Vaccination United Provinces of Agra and Oudh 1902-1913 - 1902-1913
Year: 1902
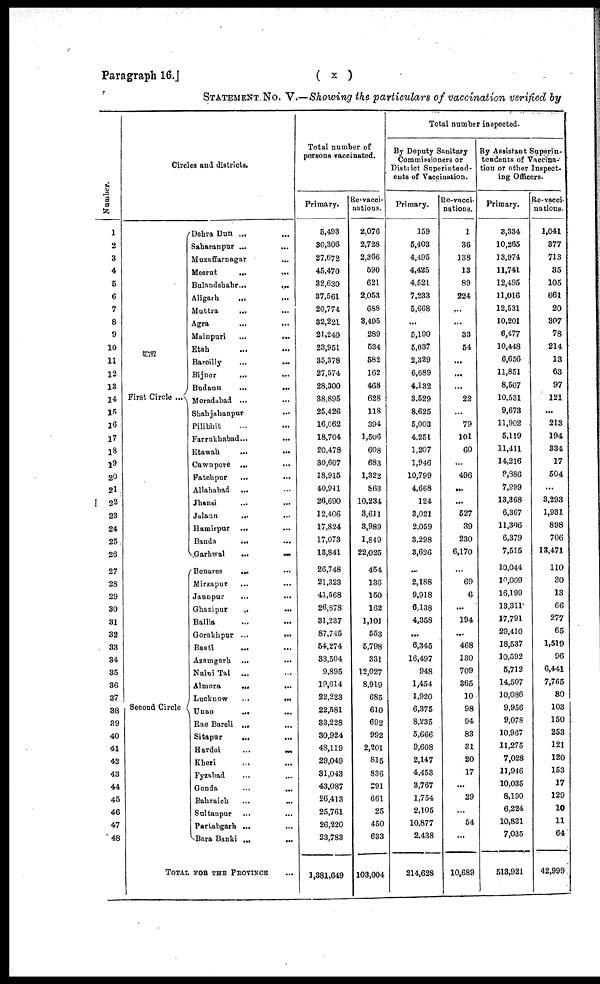
Paragraph 16.]
( x )
STATEMENT No. V.—Showing the particulars of vaccination verified by
Number.
1
2
3
4
5
6
7
8
9
10
11
12
13
14
15
16
17
18
19
20
21
22
23
24
25
26
27
28
29
30
31
32
33
34
35
36
37
38
39
40
41
42
43
44
45
46
47
48
Circles and districts.
First Circle ...
Second Circle ...
Dehra Dun ... ...
Saharanpur ...
...
Muzaffarnagar
...
Meerut
... ...
Bulandshahr ...
...
Aligarh
... ...
Muttra
... ...
Agra ... ...
Mainpuri
...
...
Etah ... ...
Bareilly ... ...
Bijnor
... ...
Budaun
...
...
Moradabad ... ...
Shahjahanpur ...
Pilibhit ... ...
Farrukhabad ...
...
Etawah
...
...
Cawnpore ... ...
Fatehpur ... ...
Allahabad ... ...
Jhansi
... ...
Jalaun ... ...
Hamirpur ... ...
Banda
... ...
Garhwal
...
...
Benares
... ...
Mirzapur
... ...
Jaunpur ... ...
Ghazipur
...
...
Ballia ... ...
Gorakhpur ...
...
Basti
... ...
Azamgarh ...
...
Naini Tal ... ...
Almora
...
...
Lucknow
...
...
Unao
... ...
Rae Bareli ... ...
Sitapur
...
...
Hardoi
...
...
Kheri ... ...
Fyzabad ... ...
Gonda ... ...
Bahraich ... ...
Sultanpur
...
...
Partabgarh ... ...
Bara Banki ... ...
TOTAL FOR THE PROVINCE ...
Total number of
persons vaccinated.
Primary.
5,493
30,306
27,672
45,470
32,630
37,561
20,774
32,221
21,240
23,951
35,378
27,574
28,300
38,895
25,426
16,062
18,704
20,478
30,607
18,915
40,941
26,690
12,406
17,824
17,073
13,841
26,748
21,323
41,568
26,878
31,237
87,745
54,274
33,504
9,895
19,614
22,223
22,581
33,228
30,924
48,119
29,049
31,043
43,087
26,413
25,761
26,220
23,783
1,381,649
Re-vacci-
nations.
2,076
2,728
2,366
590
621
2,053
688
3,495
289
534
582
162
468
628
118
394
1,506
608
683
1,322
863
10,234
3,611
3,989
1,849
22,025
454
136
150
162
1,101
553
5,798
331
12,027
8,919
685
610
692
992
2,201
815
836
291
661
25
450
633
103,004
Total number inspected.
By Deputy Sanitary
Commissioners or
District Superintend-
ents of Vaccination.
Primary.
159
5,403
4,495
4,425
4,521
7,233
5,668
...
5,190
5,037
2,329
6,689
4,132
3,529
8,625
5,003
4,251
1,207
1,946
10,799
4,668
124
3,021
2,059
3,298
3,626
...
2,188
9,918
6,138
4,358
...
6,345
16,497
948
1,454
1,920
6,375
8,235
5,666
9,608
2,147
4,453
3,767
1,754
2,105
10,877
2,438
214,628
Re-vacci¬
nations.
1
36
138
13
89
224
...
...
33
54
...
...
...
22
...
79
101
60
...
496
...
...
527
39
230
6,170
...
69
6
...
194
...
468
130
709
365
10
98
94
83
31
20
17
...
29
...
54
...
10,689
By Assistant Superin-
tendents of Vaccina-
tion or other Inspect-
ing Officers.
Primary.
3,334
10,265
13,974
11,741
12,495
11,016
12,531
10,201
6,477
10,448
6,656
11,851
8,507
10,531
9,673
11,902
5,119
11,411
14,216
9,886
7,999
13,368
6,367
11,306
6,379
7,515
10,044
10,009
16,199
13,311
17,791
29,410
18,537
10,592
5,712
14,507
10,086
9,956
9,078
10,967
11,275
7,028
11,946
10,035
8,190
6,224
10,821
7,035
513,921
Re-vacci¬
nations.
1,041
377
713
35
105
661
20
307
78
214
13
63
97
121
...
213
194
334
17
504
...
3,293
1,931
898
706
13,471
110
30
13
66
277
65
1,519
96
6,441
7,765
80
103
150
253
121
120
153
17
129
10
11
64
42,999